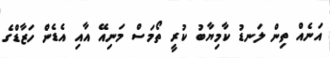
އަނެއް ތިން ލަނޑު ކާމިޔާބު ކުރީ ތޯމަސް މަނިއޭ އާއި އެޑެން ހަޒާޑްގެ